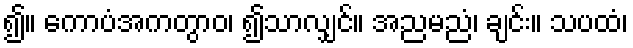
၍။ ကောပံအကတွာဝ၊ ၍သာလျှင်။ အညမညံ၊ ချင်း။ သပထံ၊